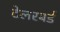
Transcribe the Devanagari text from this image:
टेलरबर्ड